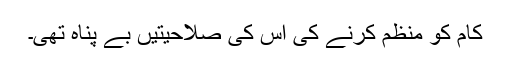
کام کو منظم کرنے کی اس کی صلاحیتیں بے پناہ تھی۔